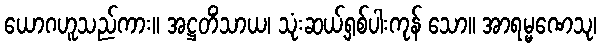
ယောဂဟူသည်ကား။ အဋ္ဌတိံသာယ၊ သုံးဆယ့်ရှစ်ပါးကုန် သော။ အာရမ္မဏေသု၊